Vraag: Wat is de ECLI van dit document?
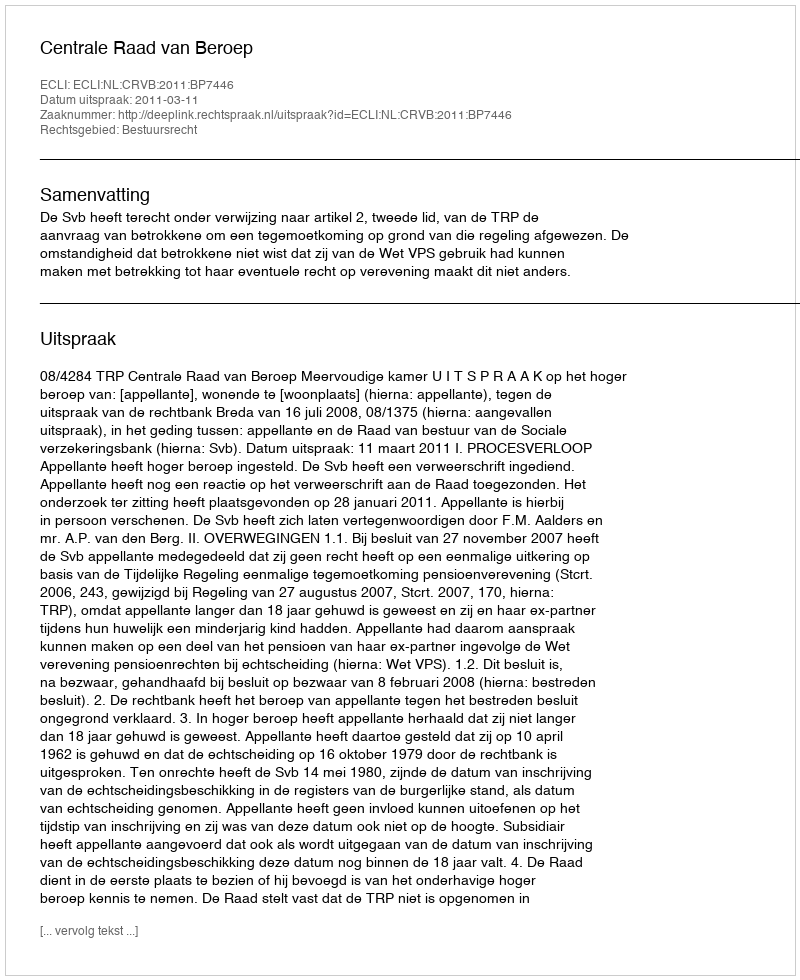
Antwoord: ECLI:NL:CRVB:2011:BP7446